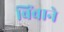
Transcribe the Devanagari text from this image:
बिंबाने